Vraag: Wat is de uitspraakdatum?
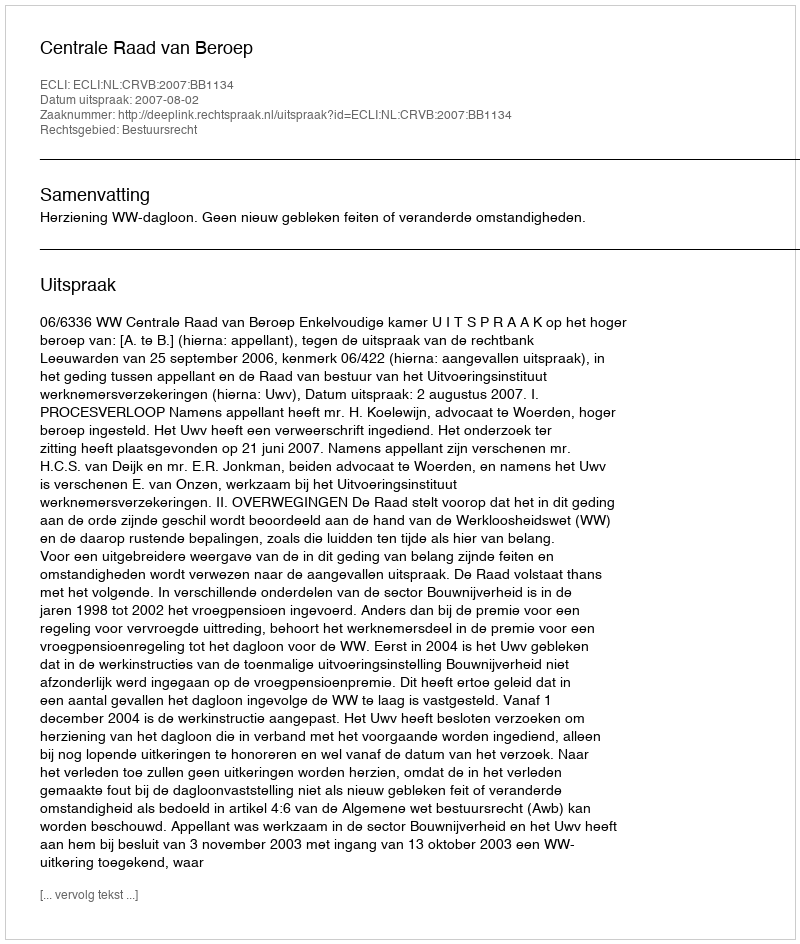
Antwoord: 2007-08-02